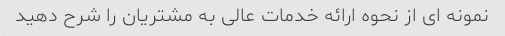
نمونه ای از نحوه ارائه خدمات عالی به مشتریان را شرح دهید